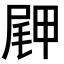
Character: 𪨖